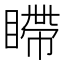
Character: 𪾹